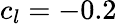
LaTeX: c_{l}=-0.2